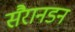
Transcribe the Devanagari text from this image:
सैरानडन